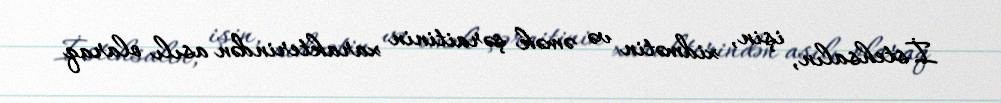
İstehsalın, işin, xidmətin və əmək şəraitinin xarakterindən asılı olaraq